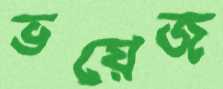
ভয়েজ